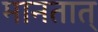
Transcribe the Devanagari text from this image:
मानतात्